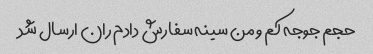
حجم جوجه کم و من سینه سفارش دادم ران ارسال شد